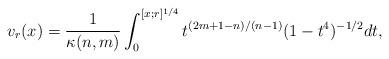
LaTeX: \begin{align*}v_r(x) = \frac{1}{\kappa(n,m)} \int_0^{[x;r]^{1/4}} t^{(2 m + 1 - n)/(n - 1)} (1 - t^4)^{-1/2} dt,\end{align*}